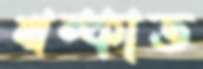
থম্‌কাত